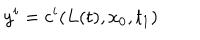
y ^ { i } = c ^ { i } ( L ( t ) , x _ { 0 } , t _ { 1 } )